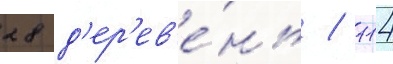
28 д'ер'ев'е́нь / 114